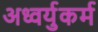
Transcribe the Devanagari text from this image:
अध्वर्युकर्म